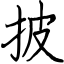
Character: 披